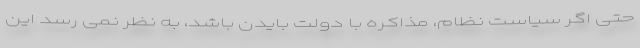
حتی اگر سیاست نظام، مذاکره با دولت بایدن باشد، به نظر نمی رسد این